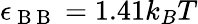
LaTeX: \epsilon_{\mathrm{~B~B~}}=1.41k_{B}T